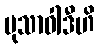
မုသာဝါဒီဟိ